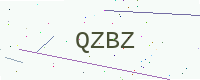
Text: QZBZ